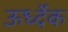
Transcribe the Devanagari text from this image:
ऊर्ध्देक